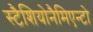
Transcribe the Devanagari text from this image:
स्टैशियोनैमिएन्टो